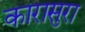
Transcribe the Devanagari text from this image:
कारासुरा